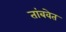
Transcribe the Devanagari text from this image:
तांबवेत